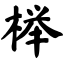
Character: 榉